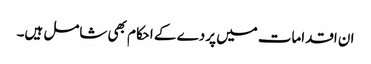
ان اقدامات میں پردے کے احکام بھی شامل ہیں۔